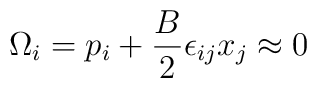
\Omega_i = p_i + \frac{B}{2} \epsilon_{ij} x_j \approx 0